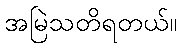
အမြဲသတိရတယ်။